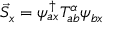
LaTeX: \vec { S } _ { x } = \psi _ { a x } ^ { \dagger } T _ { a b } ^ { \alpha } \psi _ { b x }